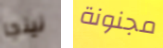
نينجا مجنونة